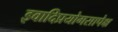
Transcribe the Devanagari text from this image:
इवादिप्रयोगसापेक्ष